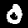
Label: 0